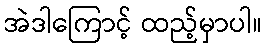
အဲဒါကြောင့် ထည့်မှာပါ။